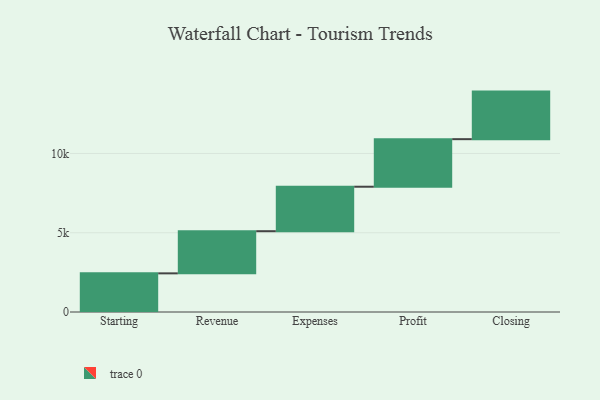
{"axis": {"x": "Step", "y": "Value"}, "legend": [""], "data": [{"x": "Starting", "y": 2438.0, "type": ""}, {"x": "Revenue", "y": 2659.0, "type": ""}, {"x": "Expenses", "y": 2806.0, "type": ""}, {"x": "Profit", "y": 3000, "type": ""}, {"x": "Closing", "y": 3000, "type": ""}]}